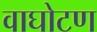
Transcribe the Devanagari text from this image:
वाघोटण